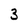
Character: 3